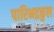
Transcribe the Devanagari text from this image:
पारिभद्रकुल